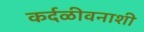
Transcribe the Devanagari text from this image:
कर्दळीवनाशी